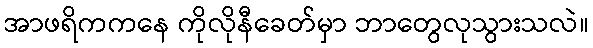
အာဖရိကကနေ ကိုလိုနီခေတ်မှာ ဘာတွေလုသွားသလဲ။